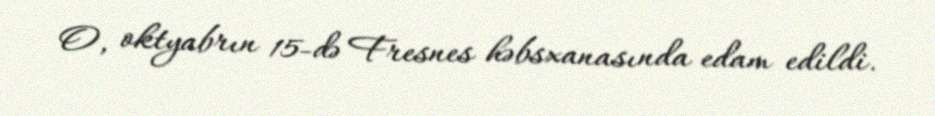
O, oktyabrın 15-də Fresnes həbsxanasında edam edildi.